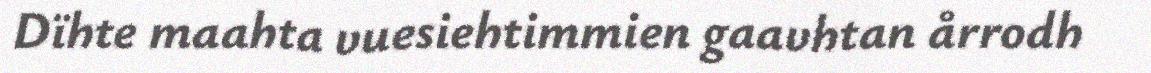
Dïhte maahta vuesiehtimmien gaavhtan årrodh